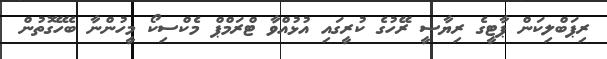
ރިޕަބްލިކަން ޕާޓީގެ ރިޔާސީ ރޭހުގެ ކުރީގައި އުޅުއްވާ ޓްރަމްޕް މެކްސިކޯ މީހުންނާ ބެހޭގޮތުން